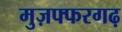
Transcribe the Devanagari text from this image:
मुज़फ्फरगढ़